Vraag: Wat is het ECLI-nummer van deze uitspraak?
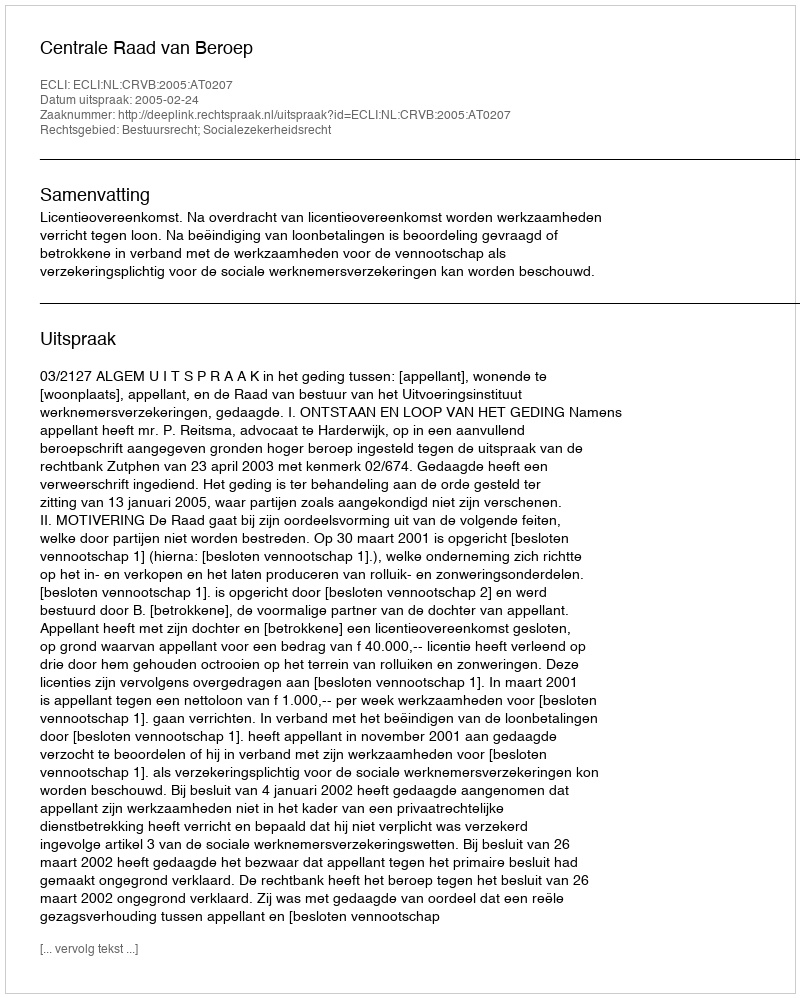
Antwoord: ECLI:NL:CRVB:2005:AT0207